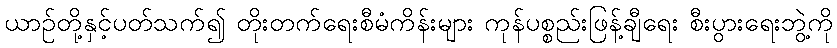
ယာဉ်တို့နှင့်ပတ်သက်၍ တိုးတက်ရေးစီမံကိန်းများ ကုန်ပစ္စည်းဖြန့်ချီရေး စီးပွားရေးဘွဲ့ကို